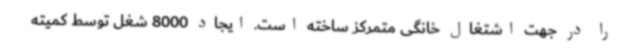
را در جهت اشتغال خانگی متمرکز ساخته است. ایجاد 8000 شغل توسط کمیته